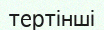
тертінші